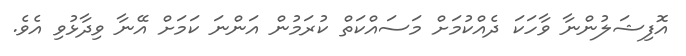
އޮފިޝަލުންނާ ވާހަކަ ދެއްކުމަށް މަސައްކަތް ކުރަމުން އަންނަ ކަމަށް އޭނާ ވިދާޅުވި އެވެ.